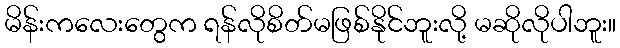
မိန်းကလေးတွေက ရန်လိုစိတ်မဖြစ်နိုင်ဘူးလို့ မဆိုလိုပါဘူး။